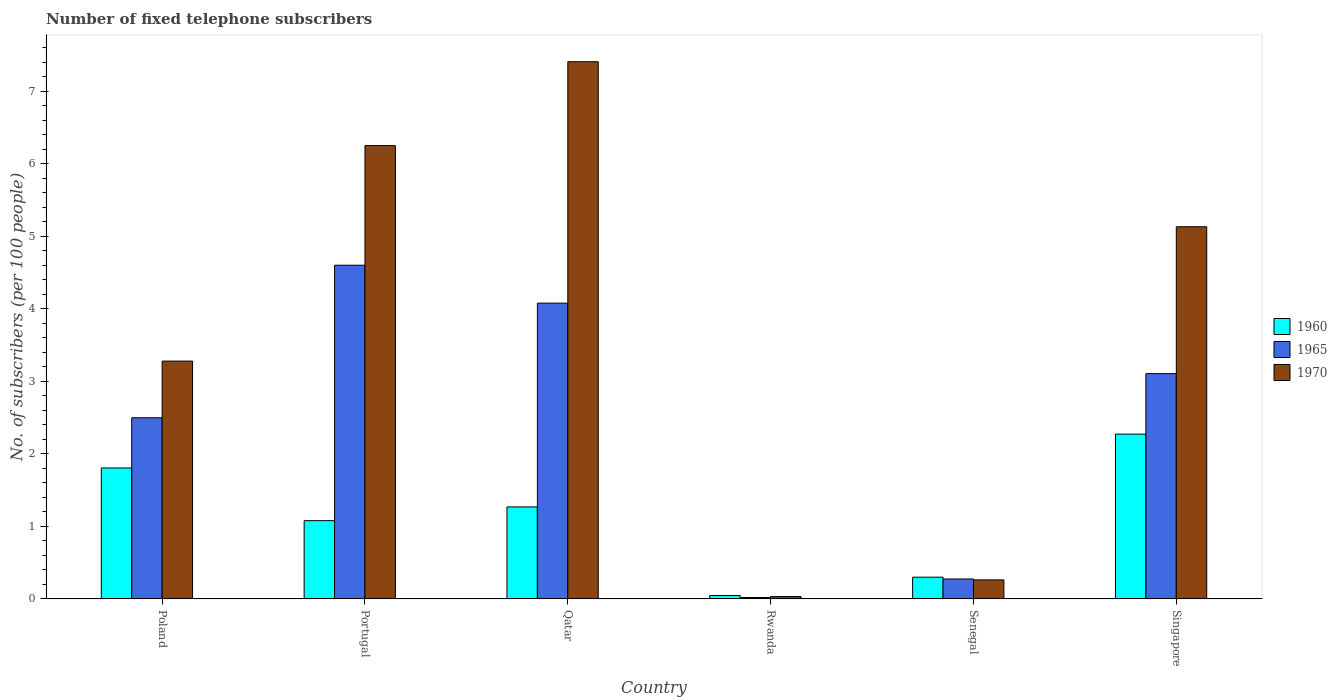
| Country | 1960 | 1965 | 1970 |
 | --- | --- | --- | --- |
 | Poland | 1.81 | 2.5 | 3.28 |
 | Portugal | 1.08 | 4.6 | 6.25 |
 | Qatar | 1.27 | 4.08 | 7.41 |
 | Rwanda | 0.0466 | 0.0186 | 0.032 |
 | Senegal | 0.299 | 0.274 | 0.262 |
 | Singapore | 2.27 | 3.11 | 5.13 |